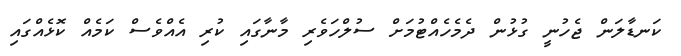
ކަނޑާލަން ޖެހުނީ ގުޅުން ދެމެހެއްޓުމަށް ސުލްހަވެރި މާނާގައި ކުރި އެއްވެސް ކަމެއް ކޮޅެއްގައި